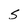
Character: S